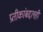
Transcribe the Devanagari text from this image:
प्रतीकांबद्दलही